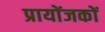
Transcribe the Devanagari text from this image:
प्रायोंजकों